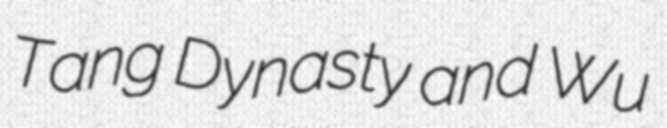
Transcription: Tang Dynasty and Wu